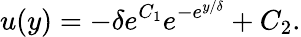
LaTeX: u(y)=-\delta e^{C_{1}}e^{-e^{{y}/{\delta}}}+C_{2}.